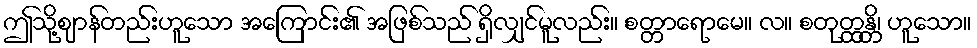
ဤသို့ဈာန်တည်းဟူသော အကြောင်း၏ အဖြစ်သည် ရှိလျှင်မူလည်း။ စတ္တာရောမေ။ လ။ စတုတ္ထန္တိ၊ ဟူသော။